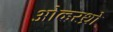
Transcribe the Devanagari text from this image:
ओव्हरथ्रो